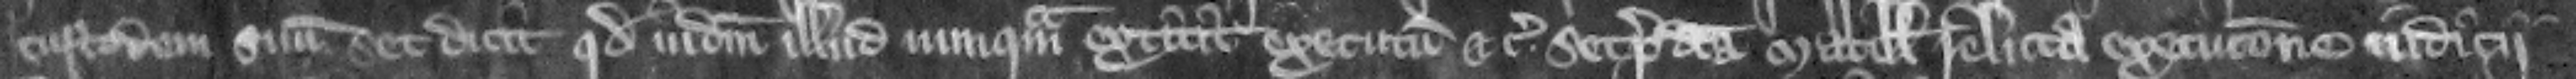
custodem suum. Et dicit quod iudicium illud nunquam extitit executum etc. set predicta Matillis relicta execucione judicii